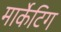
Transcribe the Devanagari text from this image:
मार्केटिग